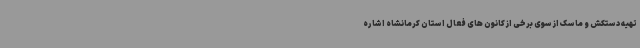
تهیه دستکش و ماسک از سوی برخی از کانون های فعال استان کرمانشاه اشاره